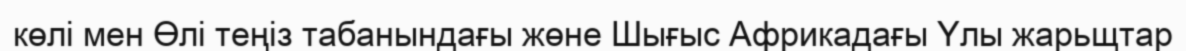
көлі мен Өлі теңіз табанындағы жөне Шығыс Африкадағы Үлы жарьщтар